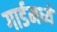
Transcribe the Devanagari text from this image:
गार्डमध्ये